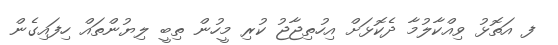
ފ އަތޮޅު ވިއްކާލުމާ ދެކޮޅަށް އިހުތިޖާޖު ކުރި މީހުން ތިބީ ލިޔުންތައް ހިފައިގެން